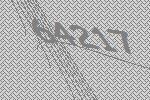
64217